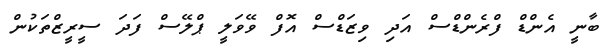
ބާނީ އެންޑް ފްރެންޑްސް އަދި ވިޒަޑްސް އޮފް ވޭވަލީ ޕްލޭސް ފަދަ ސީރީޒްތަކުން